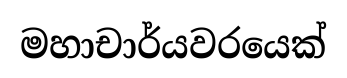
මහාචාර්යවරයෙක්